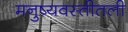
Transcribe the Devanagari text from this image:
मनुष्यवस्तीतली